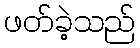
ဖတ်ခဲ့သည်